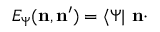
E _ { \Psi } ( { \bf n } , { \bf n } ^ { \prime } ) = \langle \Psi | \ { \bf n } \cdot